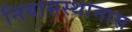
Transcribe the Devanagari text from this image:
निवासस्थानास